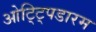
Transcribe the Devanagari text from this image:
ओट्ट्पिडारम